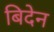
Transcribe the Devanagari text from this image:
बिदेन